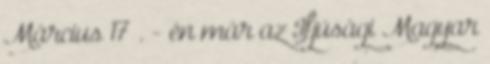
Március 17 . - én már az Ifjúsági Magyar